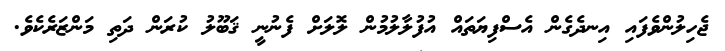
ޖެހިލުންވެފައި އިނދެގެން އެސްފިޔަތައް އުފުލާލުމުން ލޮލަށް ފެނުނީ ޤަބޫލު ކުރަން ދަތި މަންޒަރެކެވެ.